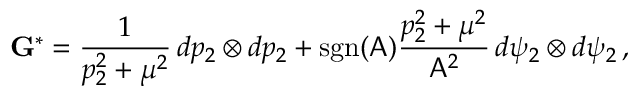
\mathbf { G } ^ { * } = \frac { 1 } { p _ { 2 } ^ { 2 } + \mu ^ { 2 } } \, d p _ { 2 } \otimes d p _ { 2 } + \mathrm { s g n } ( \mathsf { A } ) \frac { p _ { 2 } ^ { 2 } + \mu ^ { 2 } } { \mathsf { A } ^ { 2 } } \, d \psi _ { 2 } \otimes d \psi _ { 2 } \, ,